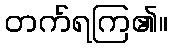
တက်ရကြ၏။